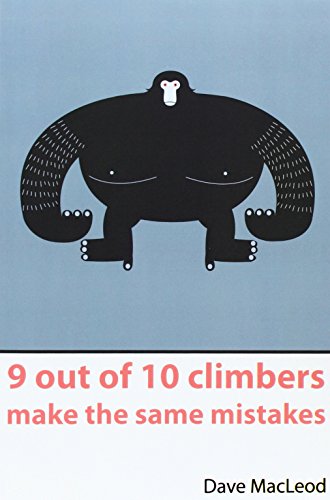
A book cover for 9 Out of 10 Climbers Make the Same Mistakes; Dave MacLeod; Sports & Outdoors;